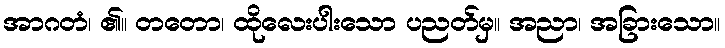
အာဂတံ၊ ၏။ တတော၊ ထိုလေးပါးသော ပညတ်မှ။ အညာ၊ အခြားသော။